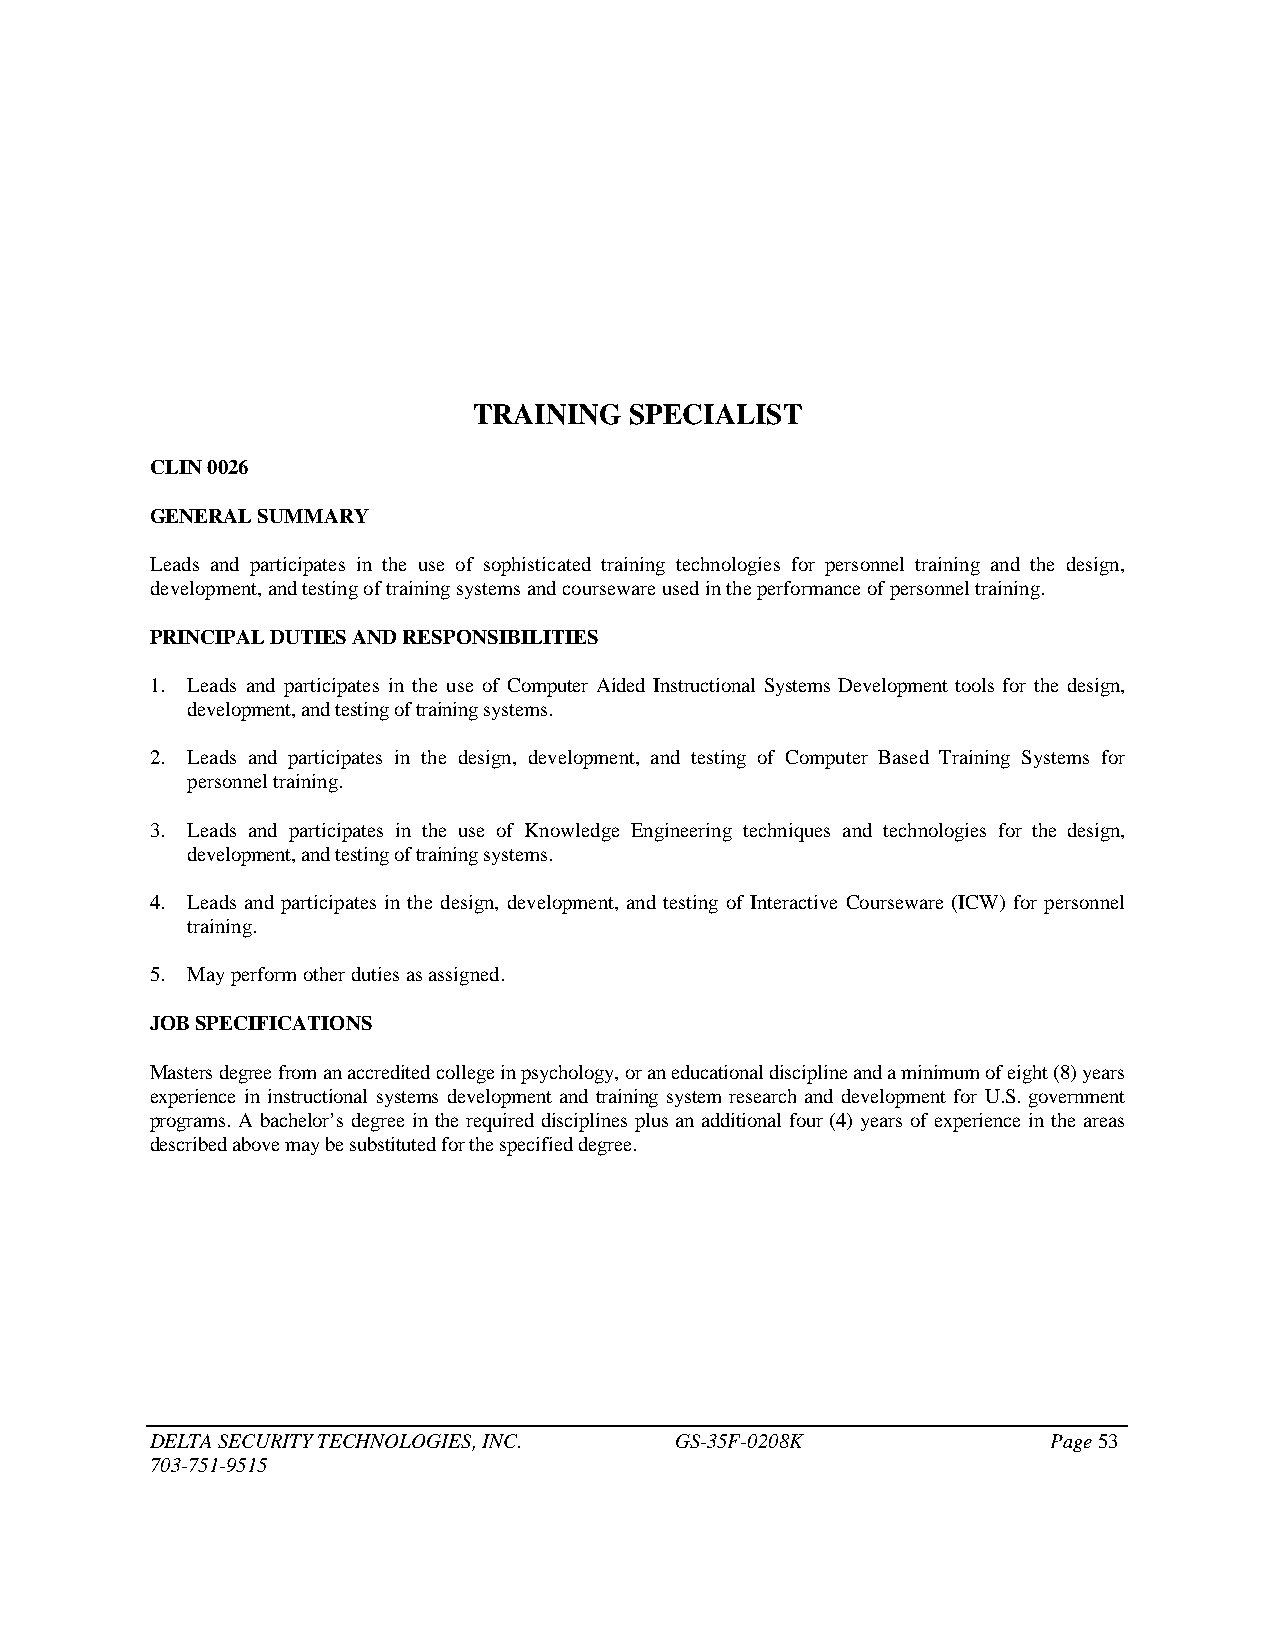
TRAINING   SPECIALIST
 CLIN 0026
 GENERAL SUMMARY
 Leads and participates in the use of sophisticated training technologies for personnel training and the design,
 development, and testing of training systems and courseware used in the performance of personnel training.
 PRINCIPAL DUTIES AND RESPONSIBILITIES
 1. Leads and participates in the use of Computer Aided Instructional Systems Development tools for the design,
 development, and testing of training systems.
 2. Leads and participates in the design, development, and testing of Computer Based Training Systems for
 personnel training.
 3. Leads and participates in the use of Knowledge Engineering techniques and technologies for the design,
 development, and testing of training systems.
 4. Leads and participates in the design, development, and testing of Interactive Courseware (ICW) for personnel
 training.
 5. May perform other duties as assigned.
 JOB SPECIFICATIONS
 Masters degree from an accredited college in psychology, or an educational discipline and a minimum of eight (8) years
 experience in instructional systems development and training system research and development for U.S. government
 programs. A bachelor’s degree in the required disciplines plus an additional four (4) years of experience in the areas
 described above may be substituted for the specified degree.
 DELTA SECURITY TECHNOLOGIES, INC.  GS-35F-0208K             Page 53
 703-751-9515